Scottish Leaving Certificate Examination, 1961
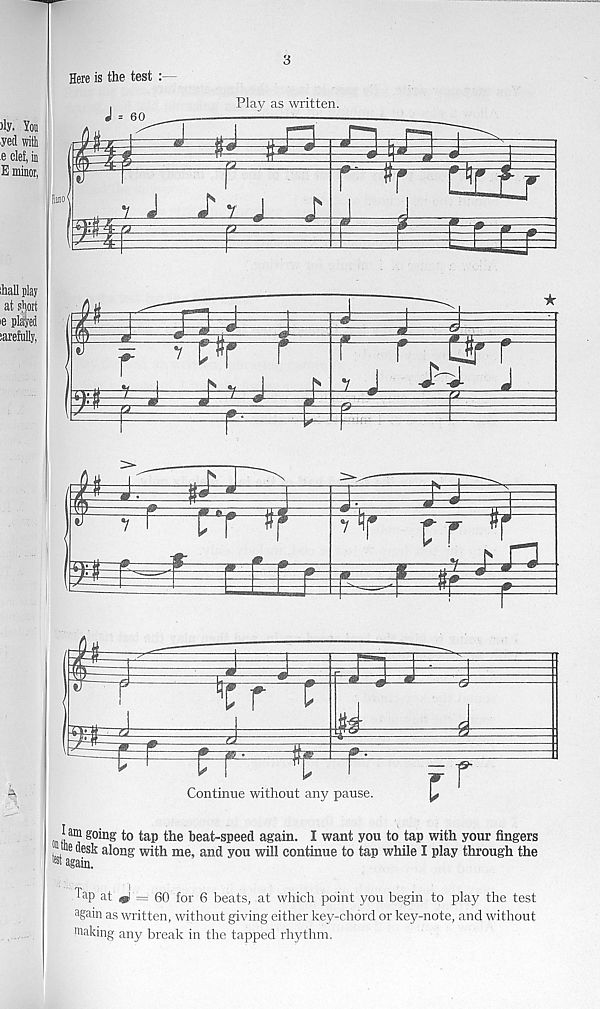
Here is the test :
3
>ly. You
; yed with
.e clef, in
E minor,
J = 60
Play as written.
hall play
at sjiort
ie plated
jarefully,
bio*
I
r
£-3-J
r
«r
i
r
C#r
r
-J
^
£
r
r=Wr
> r
CT
»f
g
’ >
ff
¥
f
r
TTt
S
£ r
F r
i
Continue without any pause.
r
am going to tap the beat-speed again. I want you to tap with your fingers
with me, and you will continue to tap while I play through the
Tap at ,@r= 60 for 6 beats, at which point you begin to play the test
again as written, without giving either key-chord or key-note, and without
making any break in the tapped rhythm.